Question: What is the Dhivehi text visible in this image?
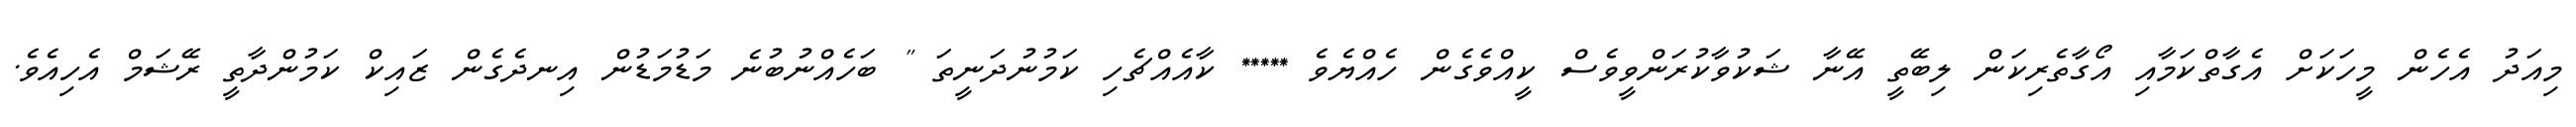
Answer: މިއަދު އެހެން މީހަކަށް އެގާތްކަމާއި އޯގާތެރިކަން ލިބޭތީ އޭނާ ޝަކުވާކުރަންވީވެސް ކީއްވެގެން ހެއްޔެވެ ***** ކާއެއްޗެހި ކަމުނުދަނީތަ " ބަހެއްނުބުނެ މަޑުމަޑުން އިނދެގެން ޒައިކް ކަމުންދާތީ ރޭޝަމް އެހިއެވެ.